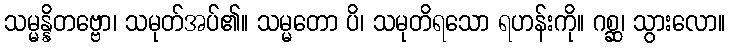
သမ္မန္နိတဗ္ဗော၊ သမုတ်အပ်၏။ သမ္မတော ပိ၊ သမုတိရသော ရဟန်းကို။ ဂစ္ဆ၊ သွားလော။